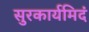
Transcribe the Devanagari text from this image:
सुरकार्यमिदं